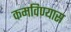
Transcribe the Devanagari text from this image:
कमविण्यास